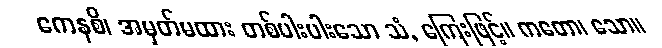
ကေနစိ၊ အမှတ်မထား တစ်ပါးပါးသော သံ, ကြေးဖြင့်။ ကတော၊ သော။